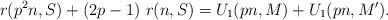
LaTeX: \begin{align*} r(p^2 n,S)+(2p-1)~r(n,S) = U_1(pn,M) + U_1(pn, M').\end{align*}